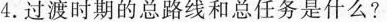
4.过渡时期的总路线和总任务是什么？